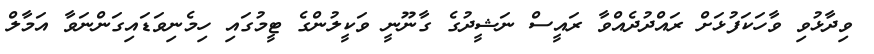
ވިދާޅުވި ވާހަކަފުޅަށް ރައްދުދެއްވާ ރައީސް ނަޝީދުގެ ގާނޫނީ ވަކީލުންގެ ޓީމުގައި ހިމެނިވަޑައިގަންނަވާ އަމާލް